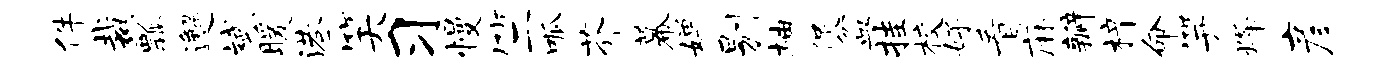
件裁瓢邂斌暖港笑习慢竺呱芥幕婵剔柚促盆挂校好看麻瓣梓命笄烽彦